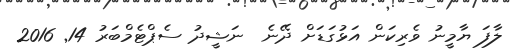
ލާފަ ޔާމީނު ވެރިކަން އަޅުގަޑަށް ދޭނެ  ނަޝީދު ސެޕްޓެމްބަރު 14